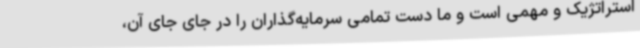
استراتژیک و مهمی است و ما دست تمامی سرمایه‌گذاران را در جای جای آن،